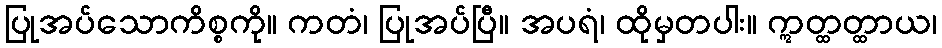
ပြုအပ်သောကိစ္စကို။ ကတံ၊ ပြုအပ်ပြီ။ အပရံ၊ ထိုမှတပါး။ ဣတ္ထတ္ထာယ၊